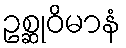
ဥစ္ဆုဝိမာနံ